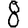
Digit: 8